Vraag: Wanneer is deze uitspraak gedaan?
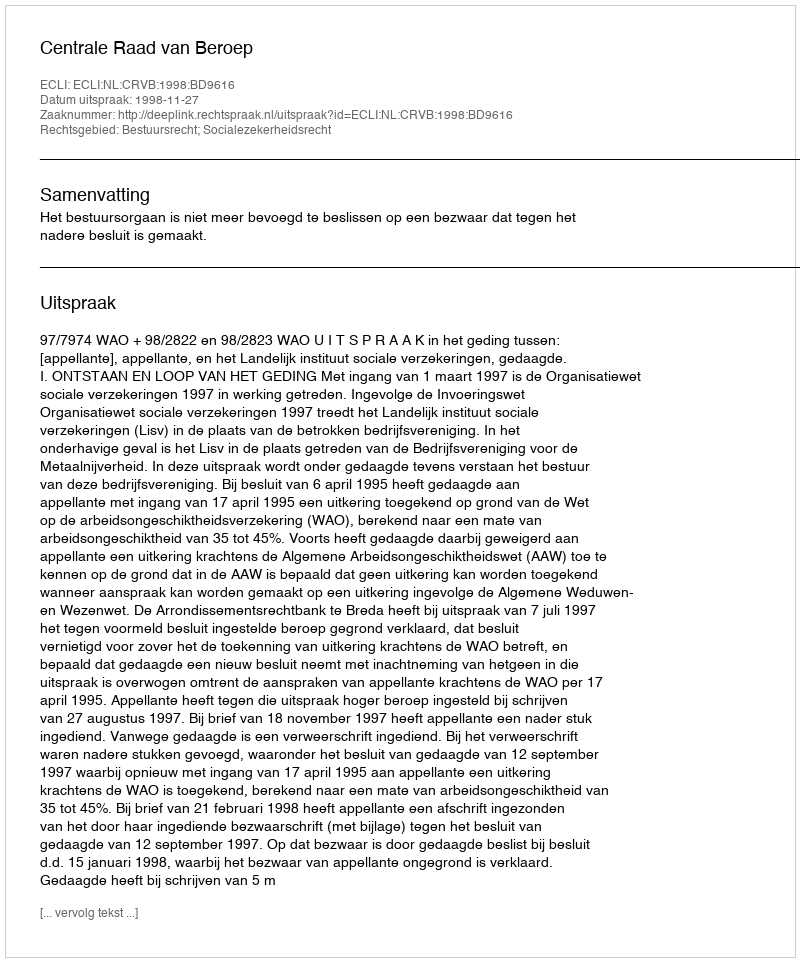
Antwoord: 1998-11-27